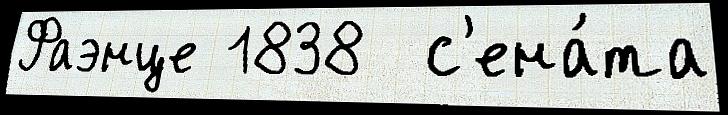
Фаэнце 1838  с'ена́та